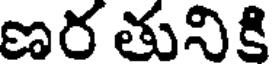
ణర తునికి